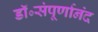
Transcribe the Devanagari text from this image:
डॉ॰संपूर्णानंद